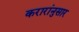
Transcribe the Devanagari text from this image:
करारांनुसार